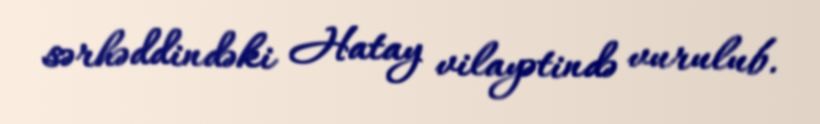
sərhəddindəki Hatay vilayətində vurulub.